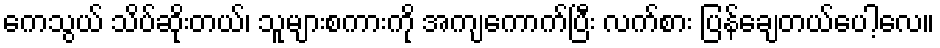
ကေသွယ် သိပ်ဆိုးတယ်၊ သူများစကားကို အကျကောက်ပြီး လက်စား ပြန်ချေတယ်ပေါ့လေ။